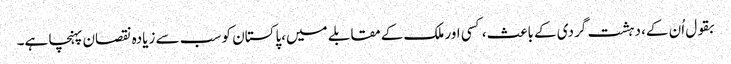
بقول اُن کے، دہشت گردی کے باعث، کسی اور ملک کےمقابلے میں،پاکستان کو سب سے زیادہ نقصان پہنچا ہے۔